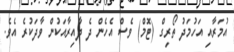
އުމަރާއި އަހުމަދު ތޯރިގް (ޓޮމް) ވެސް އެހެން ދެ ދާއިރާއަކުން ވާދަކުރެ އެވެ.